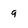
Character: g